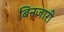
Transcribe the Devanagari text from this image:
बिनजारी